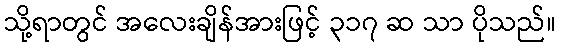
သို့ရာတွင် အလေးချိန်အားဖြင့် ၃၁၇ ဆ သာ ပိုသည်။